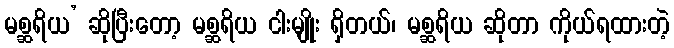
မစ္ဆရိယ’ ဆိုပြီးတော့ မစ္ဆရိယ ငါးမျိုး ရှိတယ်၊ မစ္ဆရိယ ဆိုတာ ကိုယ်ရထားတဲ့